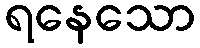
ရနေသော